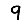
Digit: 9